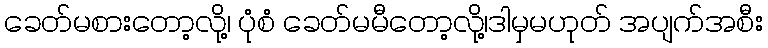
ခေတ်မစားတော့လို့၊ ပုံစံ ခေတ်မမီတော့လို့၊ဒါမှမဟုတ် အပျက်အစီး